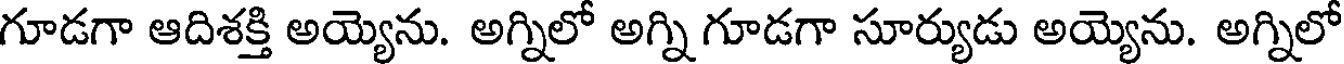
గూడగా ఆదిశక్తి అయ్యెను. అగ్నిలో అగ్ని గూడగా సూర్యుడు అయ్యెను. అగ్నిలో